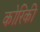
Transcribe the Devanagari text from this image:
कोरिकी